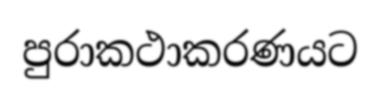
පුරාකථාකරණයට